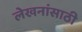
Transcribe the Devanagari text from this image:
लेखनांसाठी